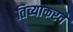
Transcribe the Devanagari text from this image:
तिच्याकरवे